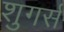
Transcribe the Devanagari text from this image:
शुगर्स